65_HS1-834228961_62-HQ-83894_Serial_164
Agency: FBI
Page 41
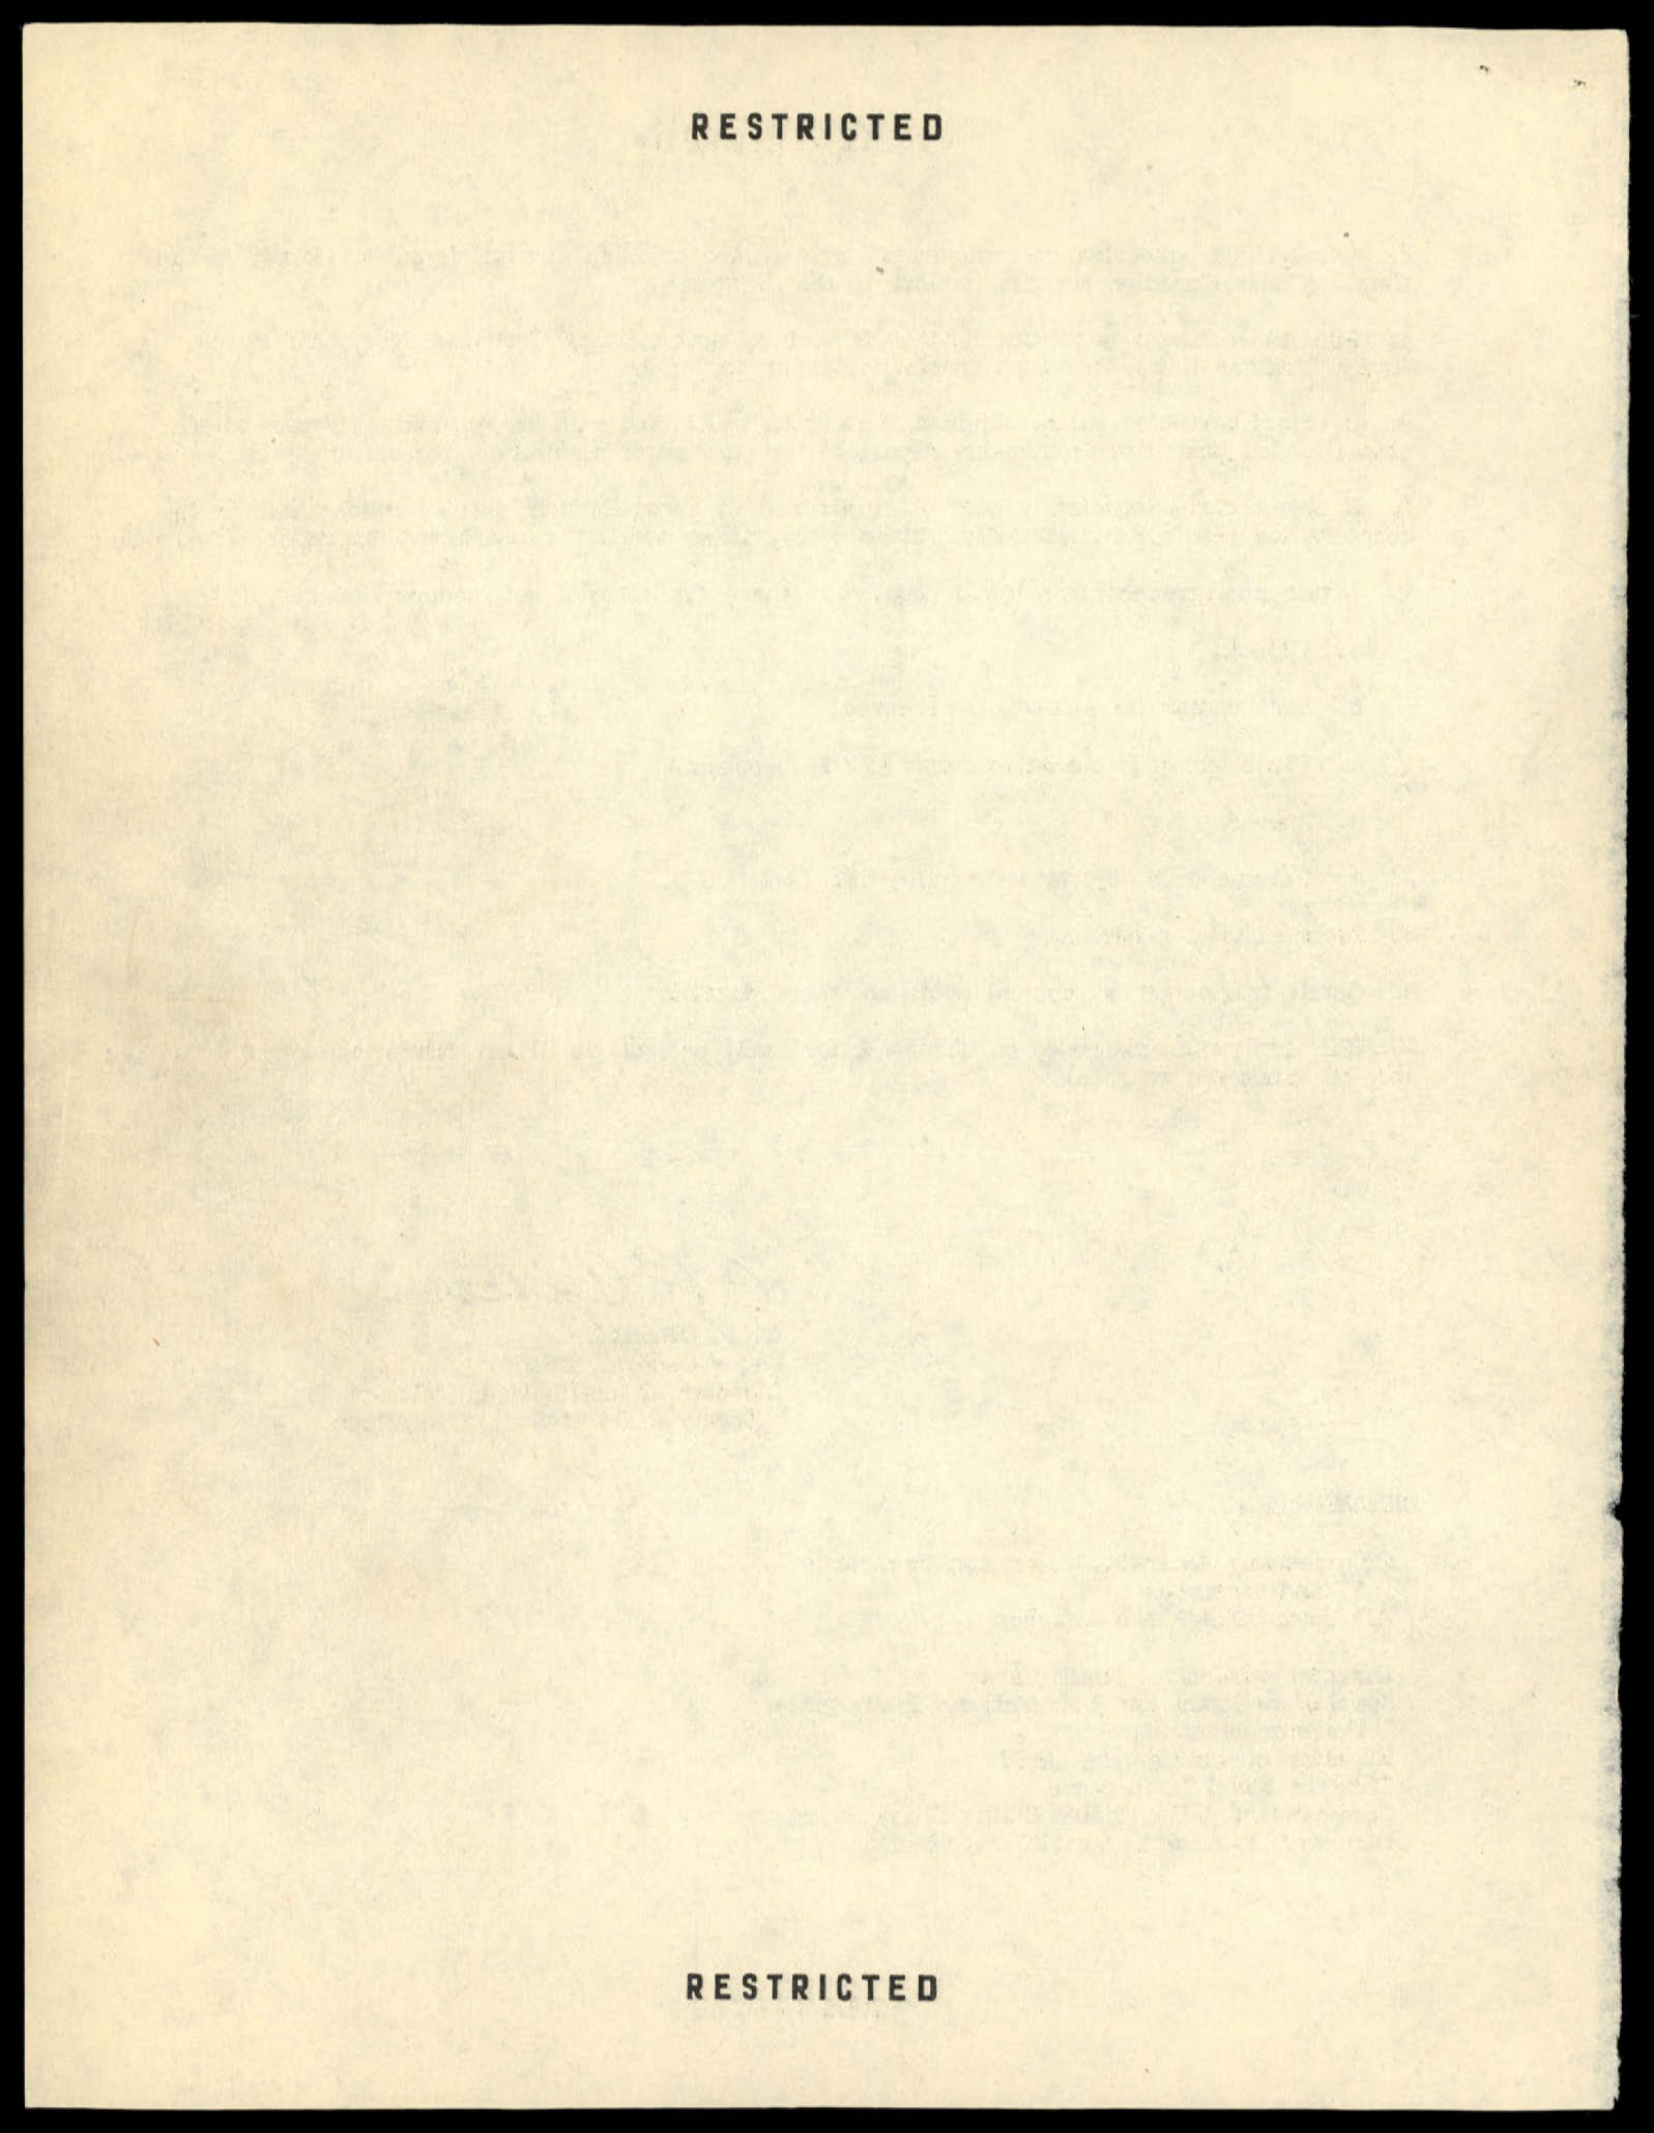